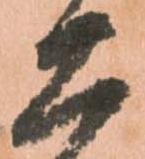
工